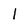
Character: l